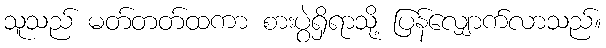
သူသည် မတ်တတ်ထကာ စားပွဲရှိရာသို့ ပြန်လျှောက်လာသည်။